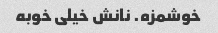
خوشمزه. نانش خیلی خوبه